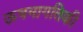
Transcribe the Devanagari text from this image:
ऊषमागतिकी